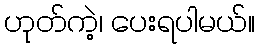
ဟုတ်ကဲ့၊ ပေးရပါမယ်။